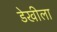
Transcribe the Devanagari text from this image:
डेखीला